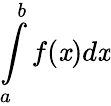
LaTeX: \int\limits_{a}^{b}f(\mathit{x})d\mathit{x}